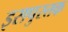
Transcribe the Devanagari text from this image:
इसपुस्तक